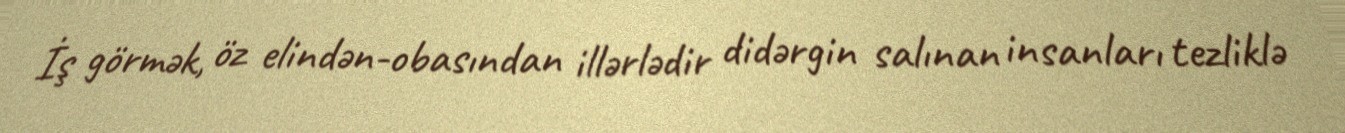
İş görmək, öz elindən-obasından illərlədir didərgin salınan insanları tezliklə